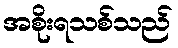
အစိုးရသစ်သည်